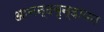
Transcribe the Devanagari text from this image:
आनन्दवृन्दावन